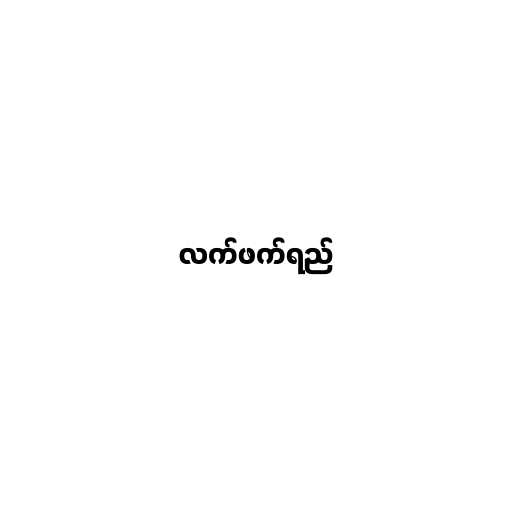
လက်ဖက်ရည်